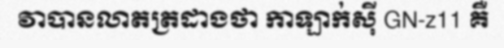
វាបានលាតត្រដាងថា កាឡាក់ស៊ី GN-z11 គឺ